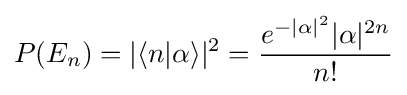
P(E_{n})=|\langle n|\alpha \rangle |^{2}={\frac {e^{-|\alpha |^{2}}|\alpha |^{2n}}{n!}}